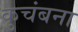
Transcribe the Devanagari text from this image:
कुचंबना